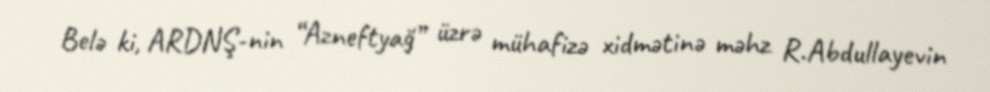
Belə ki, ARDNŞ-nin “Azneftyağ” üzrə mühafizə xidmətinə məhz R.Abdullayevin